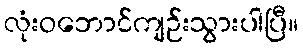
လုံးဝဘောင်ကျဉ်းသွားပါပြီ။